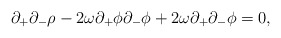
\begin{align*}\partial_+\partial_-\rho - 2\omega\partial_+\phi\partial_-\phi +2\omega\partial_+\partial_-\phi = 0,\end{align*}